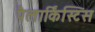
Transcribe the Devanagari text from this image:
पैलार्किस्टिस